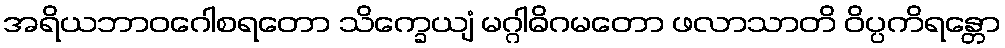
အရိယဘာဝဂေါစရတော သိက္ခေယျံ မဂ္ဂါဓိဂမတော ဖလာသာတိ ဝိပ္ပကိရန္တော